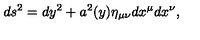
d s ^ { 2 } = d y ^ { 2 } + a ^ { 2 } ( y ) \eta _ { \mu \nu } d x ^ { \mu } d x ^ { \nu } ,